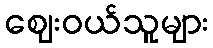
ဈေးဝယ်သူများ